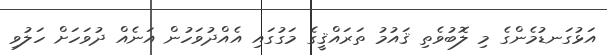
އަޅުގަނޑުމެންގެ މި ލޮބުވެތި ޤައުމު ތަރައްޤީގެ މަގުގައި އެއްދުވަހުން އަނެއް ދުވަހަށް ހަލުވި